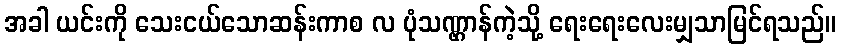
အခါ ယင်းကို သေးငယ်သောဆန်းကာစ လ ပုံသဏ္ဌာန်ကဲ့သို့ ရေးရေးလေးမျှသာမြင်ရသည်။